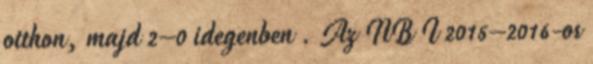
otthon, majd 2–0 idegenben . Az NB I 2015–2016-os